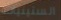
الستينيات